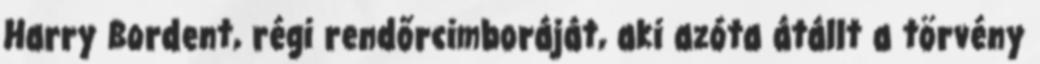
Harry Bordent, régi rendőrcimboráját, aki azóta átállt a törvény